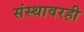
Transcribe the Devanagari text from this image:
संस्थावरही